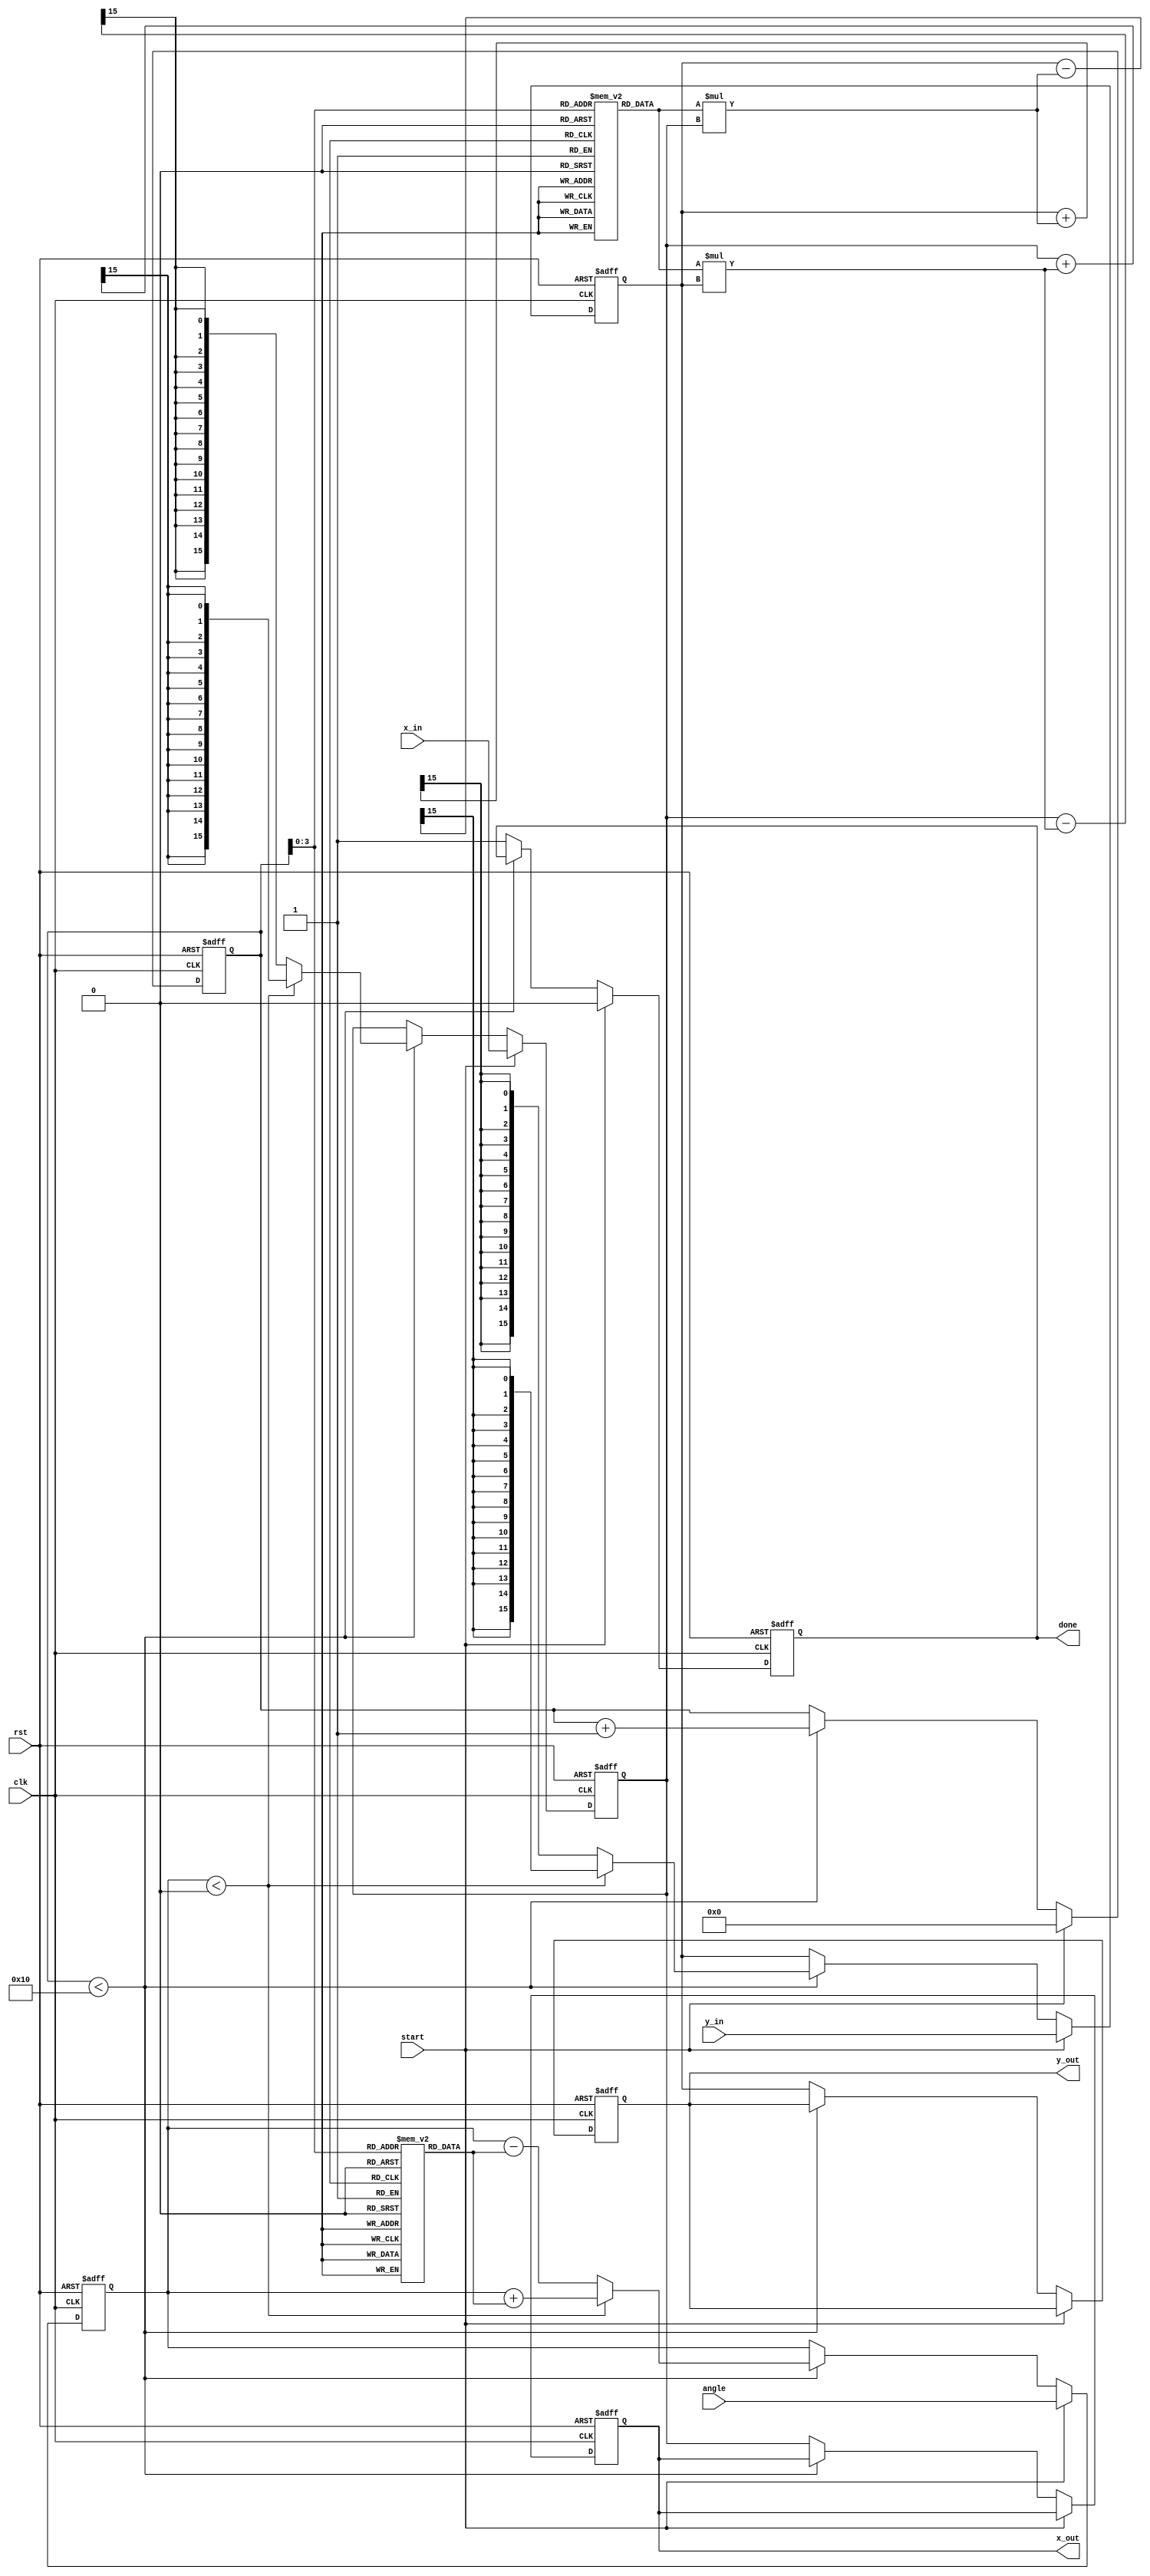
module cordic_rotational #(
    parameter WIDTH = 16,       // Bit width for fixed-point representation
    parameter ITERATIONS = 16   // Number of CORDIC iterations
)(
    input wire clk,
    input wire rst,
    input wire start,
    input wire signed [WIDTH-1:0] angle, // Input angle in fixed-point format
    input wire signed [WIDTH-1:0] x_in,   // Initial x coordinate
    input wire signed [WIDTH-1:0] y_in,   // Initial y coordinate
    output reg signed [WIDTH-1:0] x_out,  // Final x coordinate
    output reg signed [WIDTH-1:0] y_out,  // Final y coordinate
    output reg done                  // Operation complete flag
);

    // Scaling factors K_n for each iteration
    reg signed [WIDTH-1:0] K [0:ITERATIONS-1];
    initial begin
        // Pre-calculated scaling factors (K_n)
        K[0] = 16'h26DD; // K_0 = 0.607252935
        K[1] = 16'h1B8D; // K_1 = 0.607252935 / 2
        K[2] = 16'h0DBB; // K_2 = 0.607252935 / 4
        // ... Initialize other K values as needed
    end

    // Rotation angles for CORDIC
    reg signed [WIDTH-1:0] atan_table [0:ITERATIONS-1];
    initial begin
        // Pre-calculated arctangent values (in fixed-point format)
        atan_table[0] = 16'h26DD; // atan(2^0)
        atan_table[1] = 16'h1B8D; // atan(2^-1)
        atan_table[2] = 16'h0DBB; // atan(2^-2)
        // ... Initialize other atan values as needed
    end

    // State variables
    reg [4:0] iteration_count; // Iteration counter
    reg signed [WIDTH-1:0] x_reg, y_reg; // Registers for x and y coordinates
    reg signed [WIDTH-1:0] angle_reg; // Register for the angle

    // Control logic
    always @(posedge clk or posedge rst) begin
        if (rst) begin
            x_out <= 0;
            y_out <= 0;
            done <= 0;
            iteration_count <= 0;
            x_reg <= 0;
            y_reg <= 0;
            angle_reg <= 0;
        end else if (start) begin
            x_reg <= x_in;
            y_reg <= y_in;
            angle_reg <= angle;
            iteration_count <= 0;
            done <= 0;
        end else if (iteration_count < ITERATIONS) begin
            // CORDIC rotation logic
            if (angle_reg < 0) begin
                // Counterclockwise rotation
                x_reg <= x_reg + (K[iteration_count] * y_reg) >>> 15; // Scale down
                y_reg <= y_reg - (K[iteration_count] * x_reg) >>> 15; // Scale down
                angle_reg <= angle_reg + atan_table[iteration_count];
            end else begin
                // Clockwise rotation
                x_reg <= x_reg - (K[iteration_count] * y_reg) >>> 15; // Scale down
                y_reg <= y_reg + (K[iteration_count] * x_reg) >>> 15; // Scale down
                angle_reg <= angle_reg - atan_table[iteration_count];
            end
            iteration_count <= iteration_count + 1;
        end else begin
            // Operation complete
            x_out <= x_reg;
            y_out <= y_reg;
            done <= 1;
        end
    end

endmodule